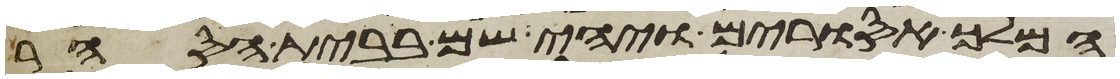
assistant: המלך אסורים ויהי שם בבית הסחר